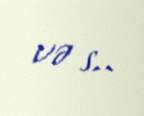
və s..